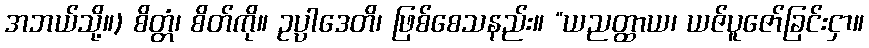
အဘယ်သို့။) စိတ္တံ၊ စိတ်ကို။ ဥပ္ပါဒေတိ၊ ဖြစ်စေသနည်း။ “ယညတ္ထာယ၊ ယဇ်ပူဇော်ခြင်းငှာ။